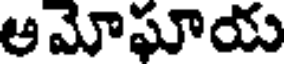
ఆమోఘాయ